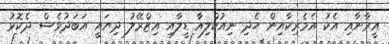
އީރާނާއި އެކު އެމެރިކާއިން ހެދި ނިއުކްލިއާ ޑީލާއި އިޒްރޭލު ދިޔައީ އަބަދުވެސް ދެކޮޅު